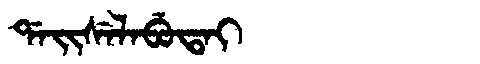
Manchu: ᡩᠠᡳᠰᡝᠯᠠᠪᡠᡨᠠᡳ
Romanization: DAISELABUTAI